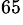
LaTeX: ^{65}